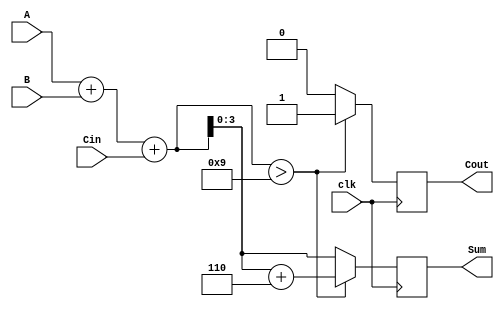
module BCD_Synchronous_Adder (
    input wire [3:0] A,      // First BCD digit
    input wire [3:0] B,      // Second BCD digit
    input wire clk,          // Clock signal
    input wire Cin,          // Carry input for multi-digit addition
    output reg [3:0] Sum,    // BCD Sum output
    output reg Cout          // Carry output
);

    reg [4:0] S;             // 5-bit sum to accommodate carry

    always @(posedge clk) begin
        // Perform binary addition
        S = A + B + Cin;      // Include carry in the addition

        // Check if a correction is needed
        if (S > 9) begin
            S = S + 6;        // Apply correction by adding 6
            Cout = 1;         // Set carry output
        end else begin
            Cout = 0;         // No carry
        end

        // Assign the valid BCD result to the output
        Sum = S[3:0];         // 4-bit BCD output
    end

endmodule